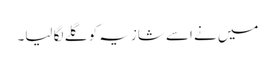
میں نے اسے شازیہ کو گلے لگا لیا۔